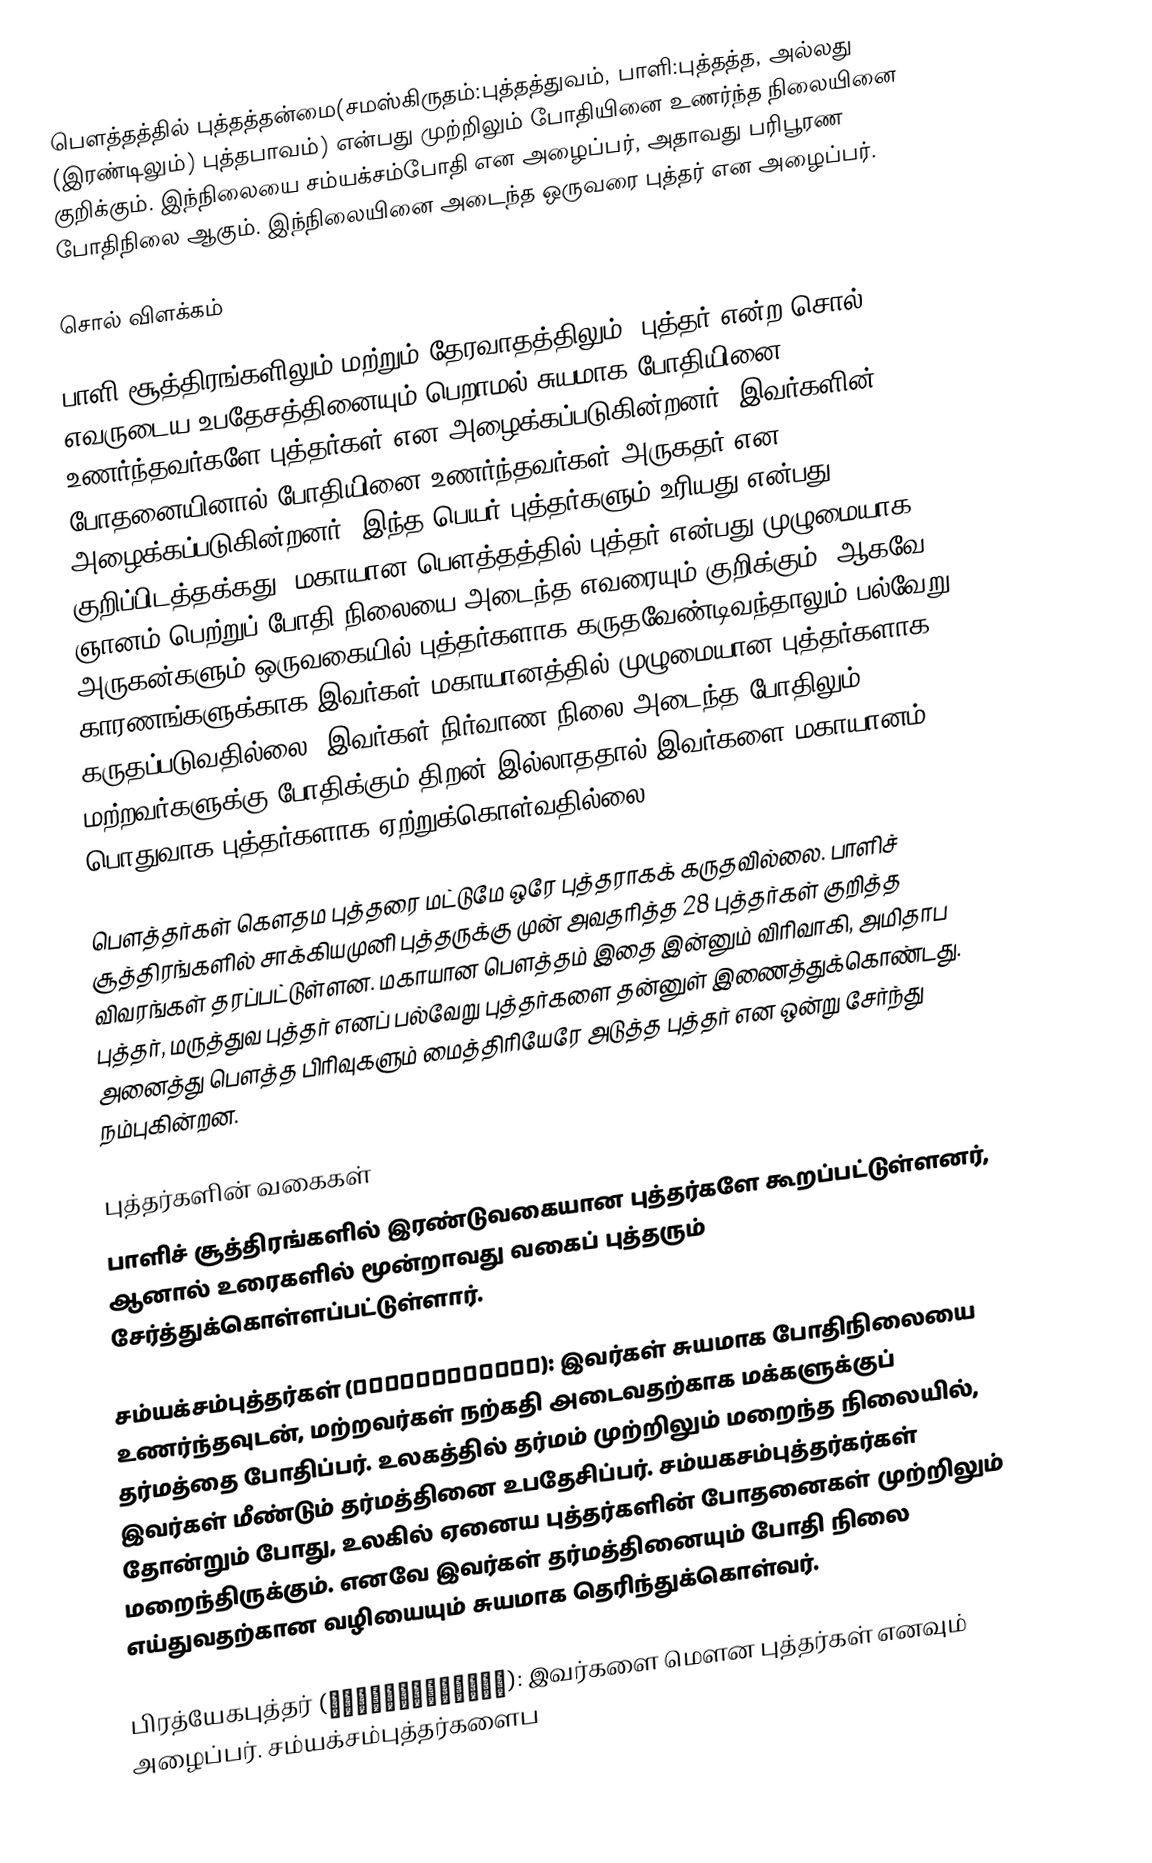
பௌத்தத்தில் புத்தத்தன்மை(சமஸ்கிருதம்:புத்தத்துவம், பாளி:புத்தத்த, அல்லது (இரண்டிலும்) புத்தபாவம்) என்பது முற்றிலும் போதியினை உணர்ந்த நிலையினை குறிக்கும். இந்நிலையை சம்யக்சம்போதி என அழைப்பர், அதாவது பரிபூரண போதிநிலை ஆகும்.  இந்நிலையினை அடைந்த ஒருவரை புத்தர் என அழைப்பர்.

சொல் விளக்கம்

பாளி சூத்திரங்களிலும் மற்றும் தேரவாதத்திலும், புத்தர் என்ற சொல், எவருடைய உபதேசத்தினையும் பெறாமல் சுயமாக போதியினை உணர்ந்தவர்களே புத்தர்கள் என அழைக்கப்படுகின்றனர். இவர்களின் போதனையினால் போதியினை உணர்ந்தவர்கள் அருகதர் என அழைக்கப்படுகின்றனர். இந்த பெயர் புத்தர்களும் உரியது என்பது குறிப்பிடத்தக்கது. மகாயான பௌத்தத்தில் புத்தர் என்பது முழுமையாக ஞானம் பெற்றுப் போதி நிலையை அடைந்த எவரையும் குறிக்கும்.  ஆகவே, அருகன்களும் ஒருவகையில் புத்தர்களாக கருதவேண்டிவந்தாலும் பல்வேறு காரணங்களுக்காக இவர்கள் மகாயானத்தில் முழுமையான புத்தர்களாக கருதப்படுவதில்லை. இவர்கள் நிர்வாண நிலை அடைந்த போதிலும், மற்றவர்களுக்கு போதிக்கும் திறன் இல்லாததால் இவர்களை மகாயானம் பொதுவாக புத்தர்களாக ஏற்றுக்கொள்வதில்லை.

பௌத்தர்கள் கௌதம புத்தரை மட்டுமே ஒரே புத்தராகக் கருதவில்லை. பாளிச் சூத்திரங்களில் சாக்கியமுனி புத்தருக்கு முன் அவதரித்த 28 புத்தர்கள் குறித்த விவரங்கள் தரப்பட்டுள்ளன. மகாயான பௌத்தம் இதை இன்னும் விரிவாகி, அமிதாப புத்தர், மருத்துவ புத்தர் எனப் பல்வேறு புத்தர்களை தன்னுள் இணைத்துக்கொண்டது. அனைத்து பௌத்த பிரிவுகளும்  மைத்திரியேரே அடுத்த புத்தர் என ஒன்று சேர்ந்து நம்புகின்றன.

புத்தர்களின் வகைகள்
பாளிச் சூத்திரங்களில் இரண்டுவகையான புத்தர்களே கூறப்பட்டுள்ளனர், ஆனால் உரைகளில் மூன்றாவது வகைப் புத்தரும் சேர்த்துக்கொள்ளப்பட்டுள்ளார்.

சம்யக்சம்புத்தர்கள் (संयक्संबुद्ध): இவர்கள் சுயமாக போதிநிலையை உணர்ந்தவுடன், மற்றவர்கள் நற்கதி அடைவதற்காக மக்களுக்குப் தர்மத்தை போதிப்பர். உலகத்தில் தர்மம் முற்றிலும் மறைந்த நிலையில், இவர்கள் மீண்டும் தர்மத்தினை உபதேசிப்பர். சம்யகசம்புத்தர்கர்கள் தோன்றும் போது, உலகில் ஏனைய புத்தர்களின் போதனைகள் முற்றிலும் மறைந்திருக்கும். எனவே இவர்கள் தர்மத்தினையும் போதி நிலை எய்துவதற்கான வழியையும் சுயமாக தெரிந்துக்கொள்வர்.

பிரத்யேகபுத்தர் (प्रत्येकबुद्ध): இவர்களை மௌன புத்தர்கள் எனவும் அழைப்பர். சம்யக்சம்புத்தர்களைப